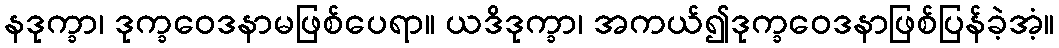
နဒုက္ခာ၊ ဒုက္ခဝေဒနာမဖြစ်ပေရာ။ ယဒိဒုက္ခာ၊ အကယ်၍ဒုက္ခဝေဒနာဖြစ်ပြန်ခဲ့အံ့။